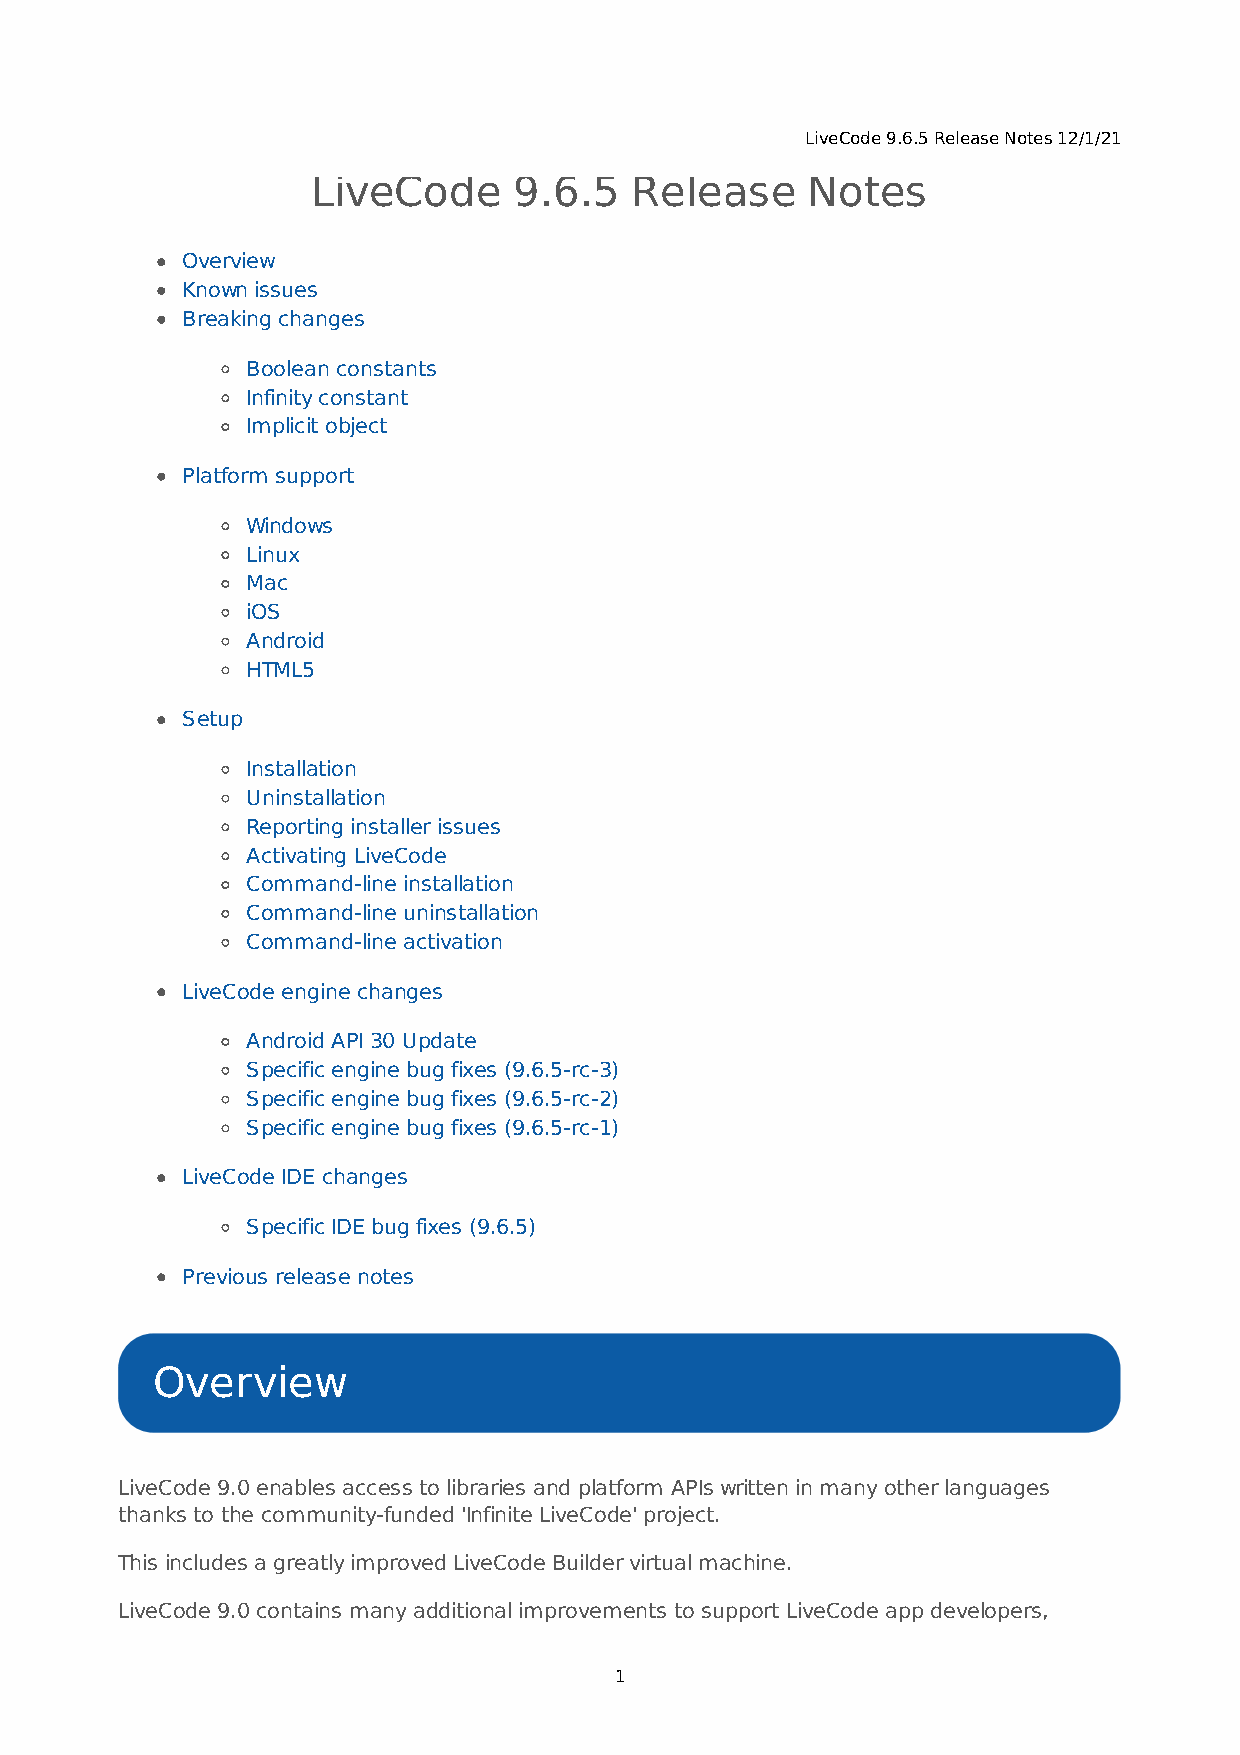
LiveCode 9.6.5 Release Notes 12/1/21
 LiveCode     9.6.5   Release    Notes
 Overview
 Known issues
 Breaking changes
 Boolean constants
 Infinity constant
 Implicit object
 Platform support
 Windows
 Linux
 Mac
 iOS
 Android
 HTML5
 Setup
 Installation
 Uninstallation
 Reporting installer issues
 Activating LiveCode
 Command-line installation
 Command-line uninstallation
 Command-line activation
 LiveCode engine changes
 Android API 30 Update
 Specific engine bug fixes (9.6.5-rc-3)
 Specific engine bug fixes (9.6.5-rc-2)
 Specific engine bug fixes (9.6.5-rc-1)
 LiveCode IDE changes
 Specific IDE bug fixes (9.6.5)
 Previous release notes
 Overview
 LiveCode 9.0 enables access to libraries and platform APIs written in many other languages
 thanks to the community-funded 'Infinite LiveCode' project.
 This includes a greatly improved LiveCode Builder virtual machine.
 LiveCode 9.0 contains many additional improvements to support LiveCode app developers,
 1